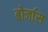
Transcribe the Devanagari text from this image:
बोर्जास